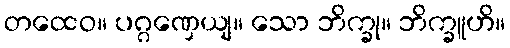
တထေဝ။ ပဂ္ဂဏှေယျ။ သော ဘိက္ခု။ ဘိက္ခူဟိ။